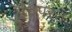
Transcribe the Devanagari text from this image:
इंद्रपरत